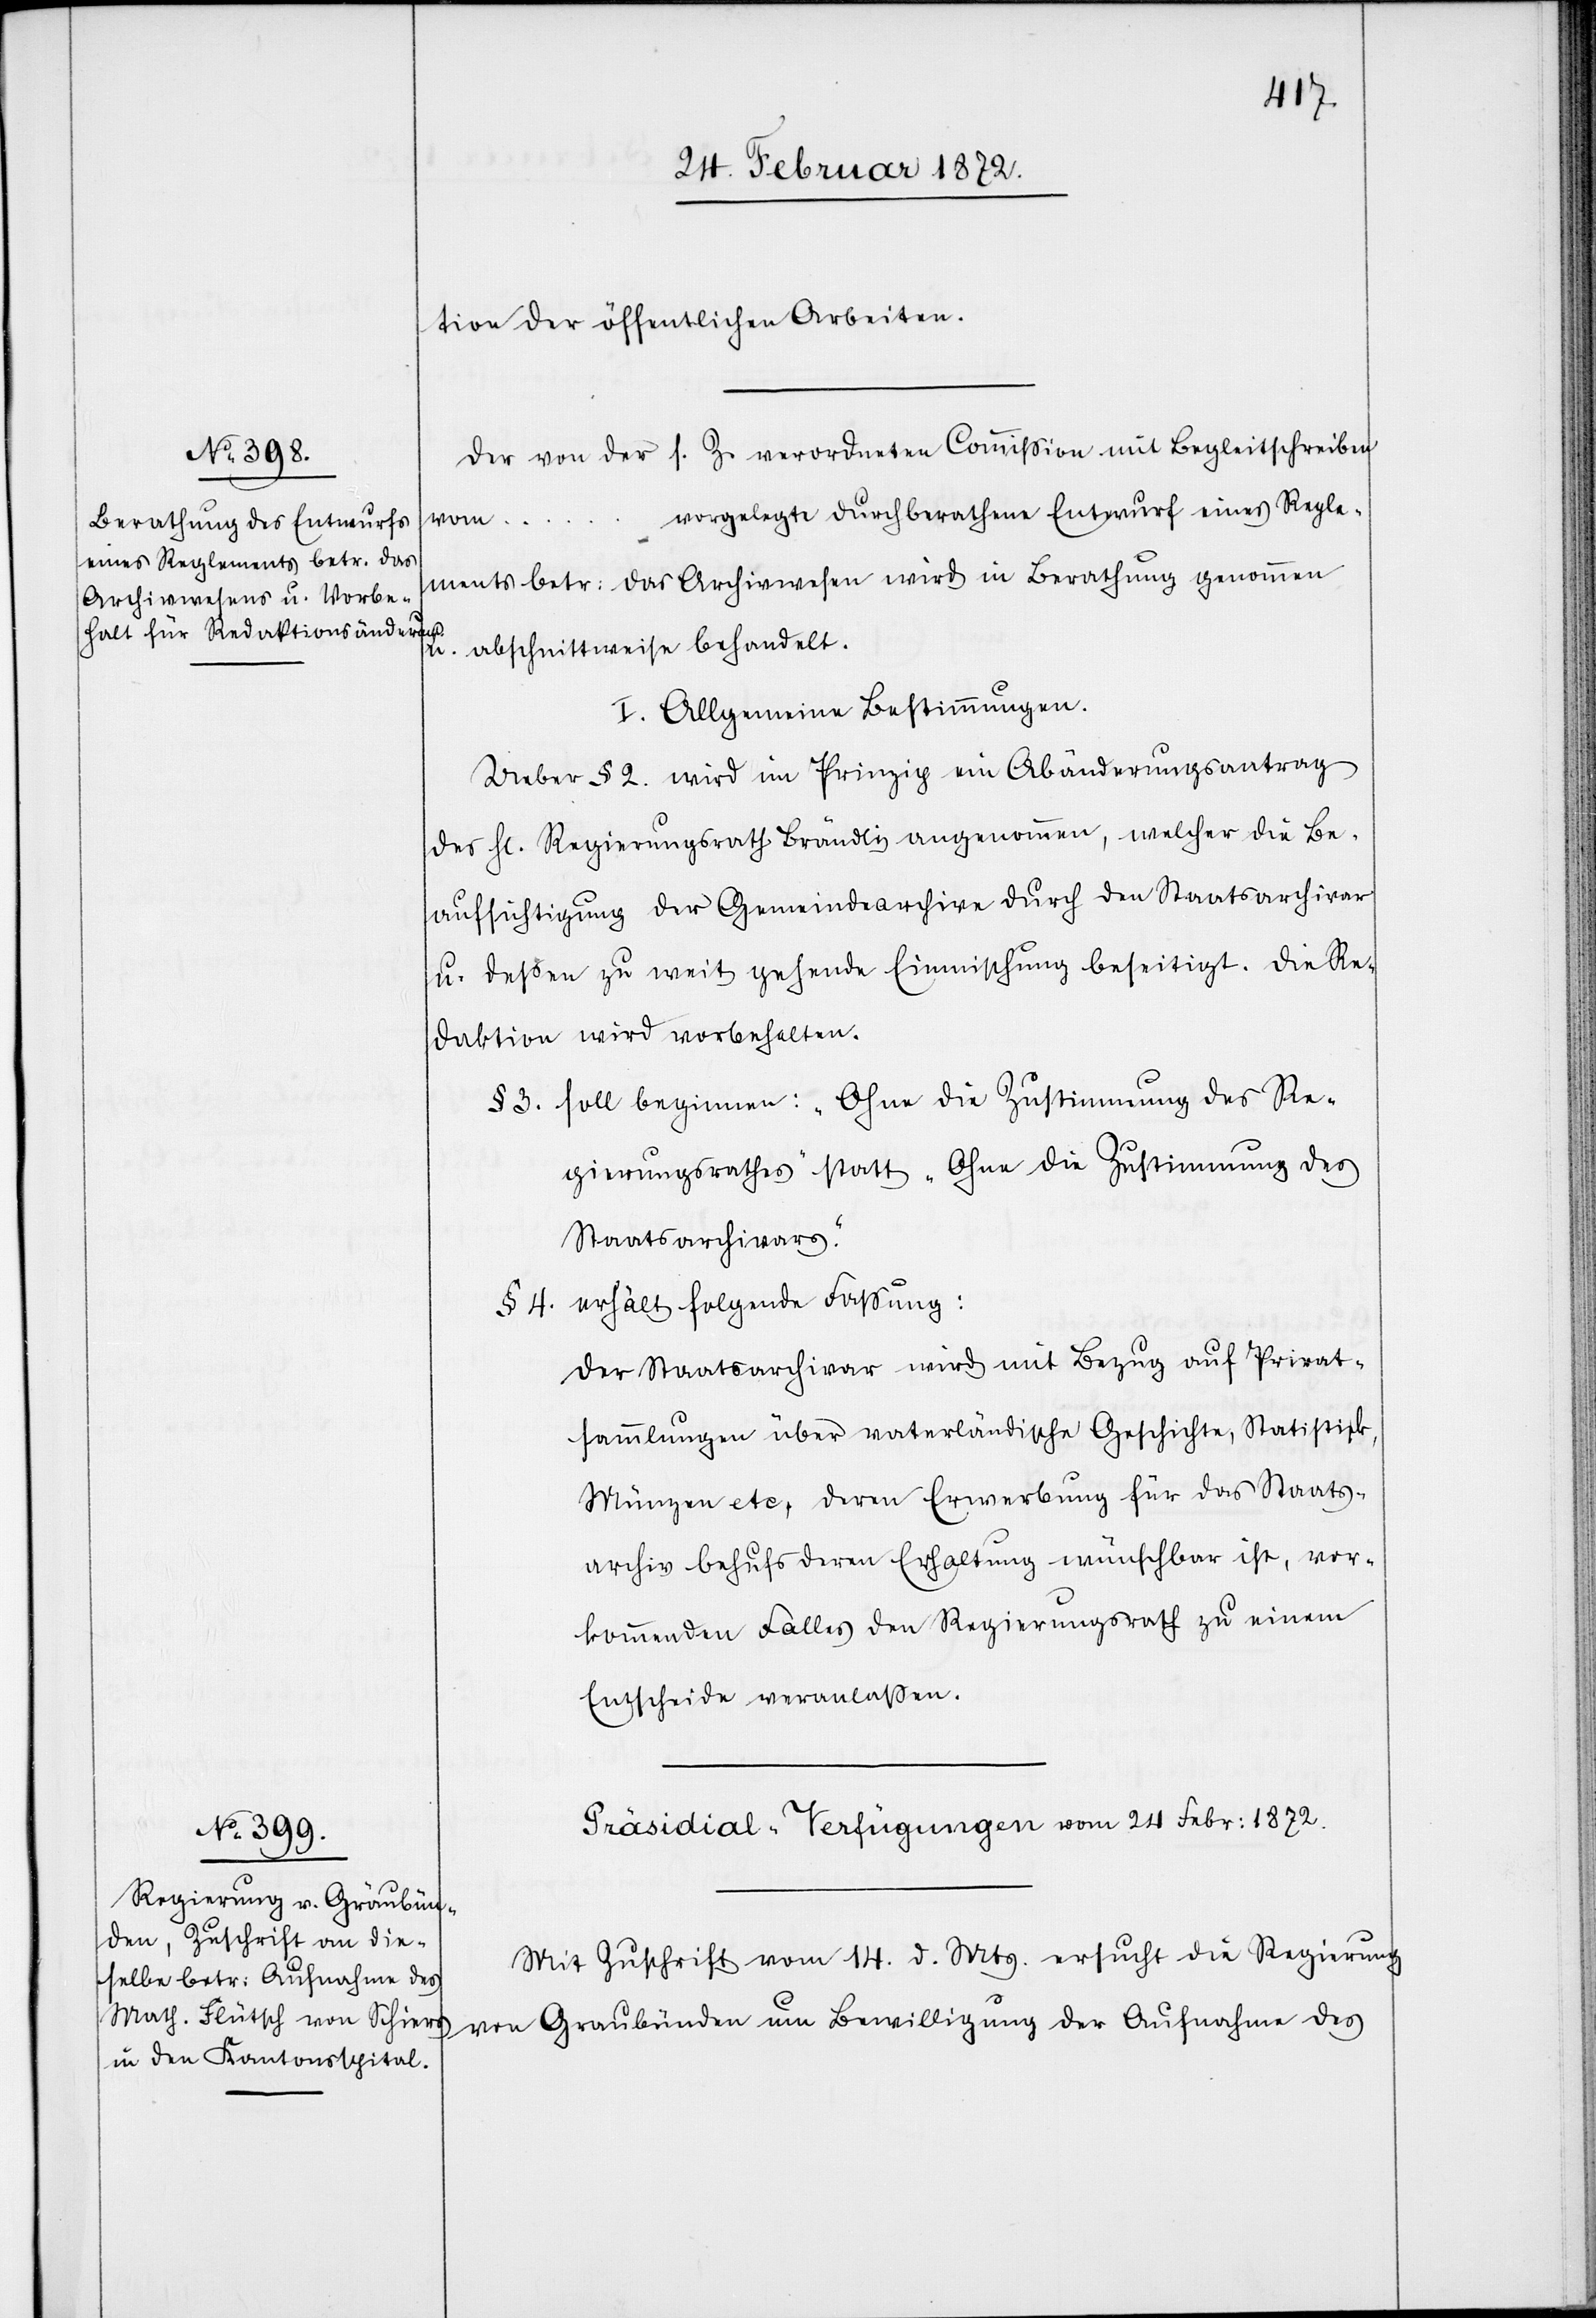
tion der öffentlichen Arbeiten.
Der von der s. Z. verordneten Commission mit Begleitschreiben
vorgelegte durchberathene Entwurf eines Regle¬
……
ments betr. das Archivwesen wird in Berathung genommen
u. abschnittweise behandelt.
I. Allgemeine Bestimmungen.
Ueber § 2. wird im Prinzip ein Abänderungsantrag
des H[errn] Regierungsrath Brändli angenommen, welcher die Be¬
aufsichtigung der Gemeindearchive durch den Staatsarchivar
u. dessen zu weit gehende Einmischung beseitigt. Die Re¬
daktion wird vorbehalten.
§ 3. soll beginnen: „Ohne die Zustimmung des Re¬
gierungsrathes“ statt „Ohne die Zustimmung des
Staatsarchivars.“
§ 4. erhält folgende Fassung:
Der Staatsarchivar wird mit Bezug auf Privat¬
sammlungen über vaterländische Geschichte, Statistik,
Münzen etc, deren Erwerbung für das Staats¬
archiv behufs deren Erhaltung wünschbar ist, vor¬
kommenden Falles den Regierungsrath zu einem
Entscheide veranlassen.
Präsidial-Verfügungen vom 24 Febr. 1872.
Mit Zuschrift vom 14. d. Mts. ersucht die Regierung
von Graubünden um Bewilligung der Aufnahme des